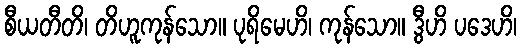
စီယတီတိ၊ တိဟူကုန်သော။ ပုရိမေဟိ၊ ကုန်သော။ ဒွီဟိ ပဒေဟိ၊